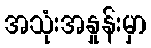
အသုံးအနှုန်းမှာ